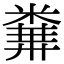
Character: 𥻔